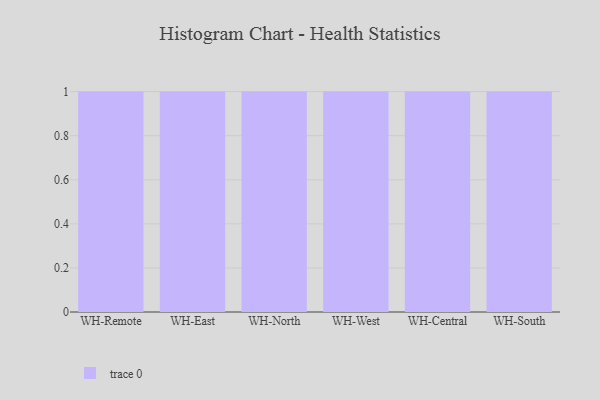
{"axis": {"x": "Warehouse", "y": "Conversion Rate (%)"}, "legend": [""], "data": [{"x": "WH-Remote", "y": 45, "type": ""}, {"x": "WH-East", "y": 1, "type": ""}, {"x": "WH-North", "y": 6, "type": ""}, {"x": "WH-West", "y": 88, "type": ""}, {"x": "WH-Central", "y": 56, "type": ""}, {"x": "WH-South", "y": 11, "type": ""}]}